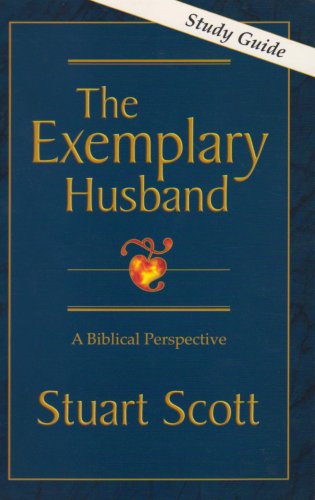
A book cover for The Exemplary Husband: A Biblical Perspective (Study Guide); Stuart Scott; Christian Books & Bibles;